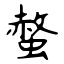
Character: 螫